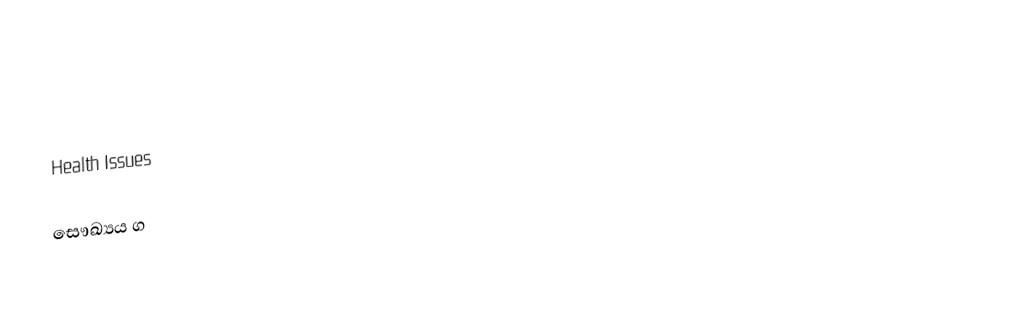

Health Issues

සෞඛ්‍යය ග